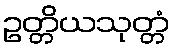
ဥတ္တိယသုတ္တံ